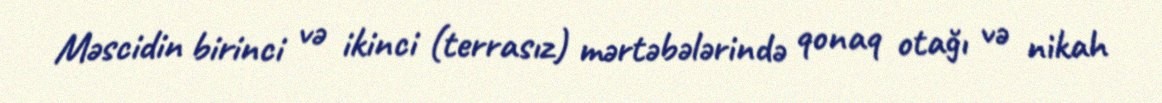
Məscidin birinci və ikinci (terrasız) mərtəbələrində qonaq otağı və nikah